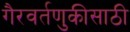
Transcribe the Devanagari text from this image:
गैरवर्तणुकीसाठी